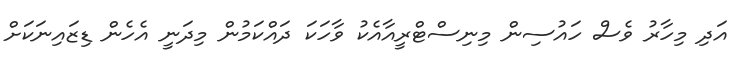
އަދި މިހާރު ވެސް ހައުސިން މިނިސްޓްރީއާއެކު ވާހަކަ ދައްކަމުން މިދަނީ އެހެން ޑިޒައިނަކަށް